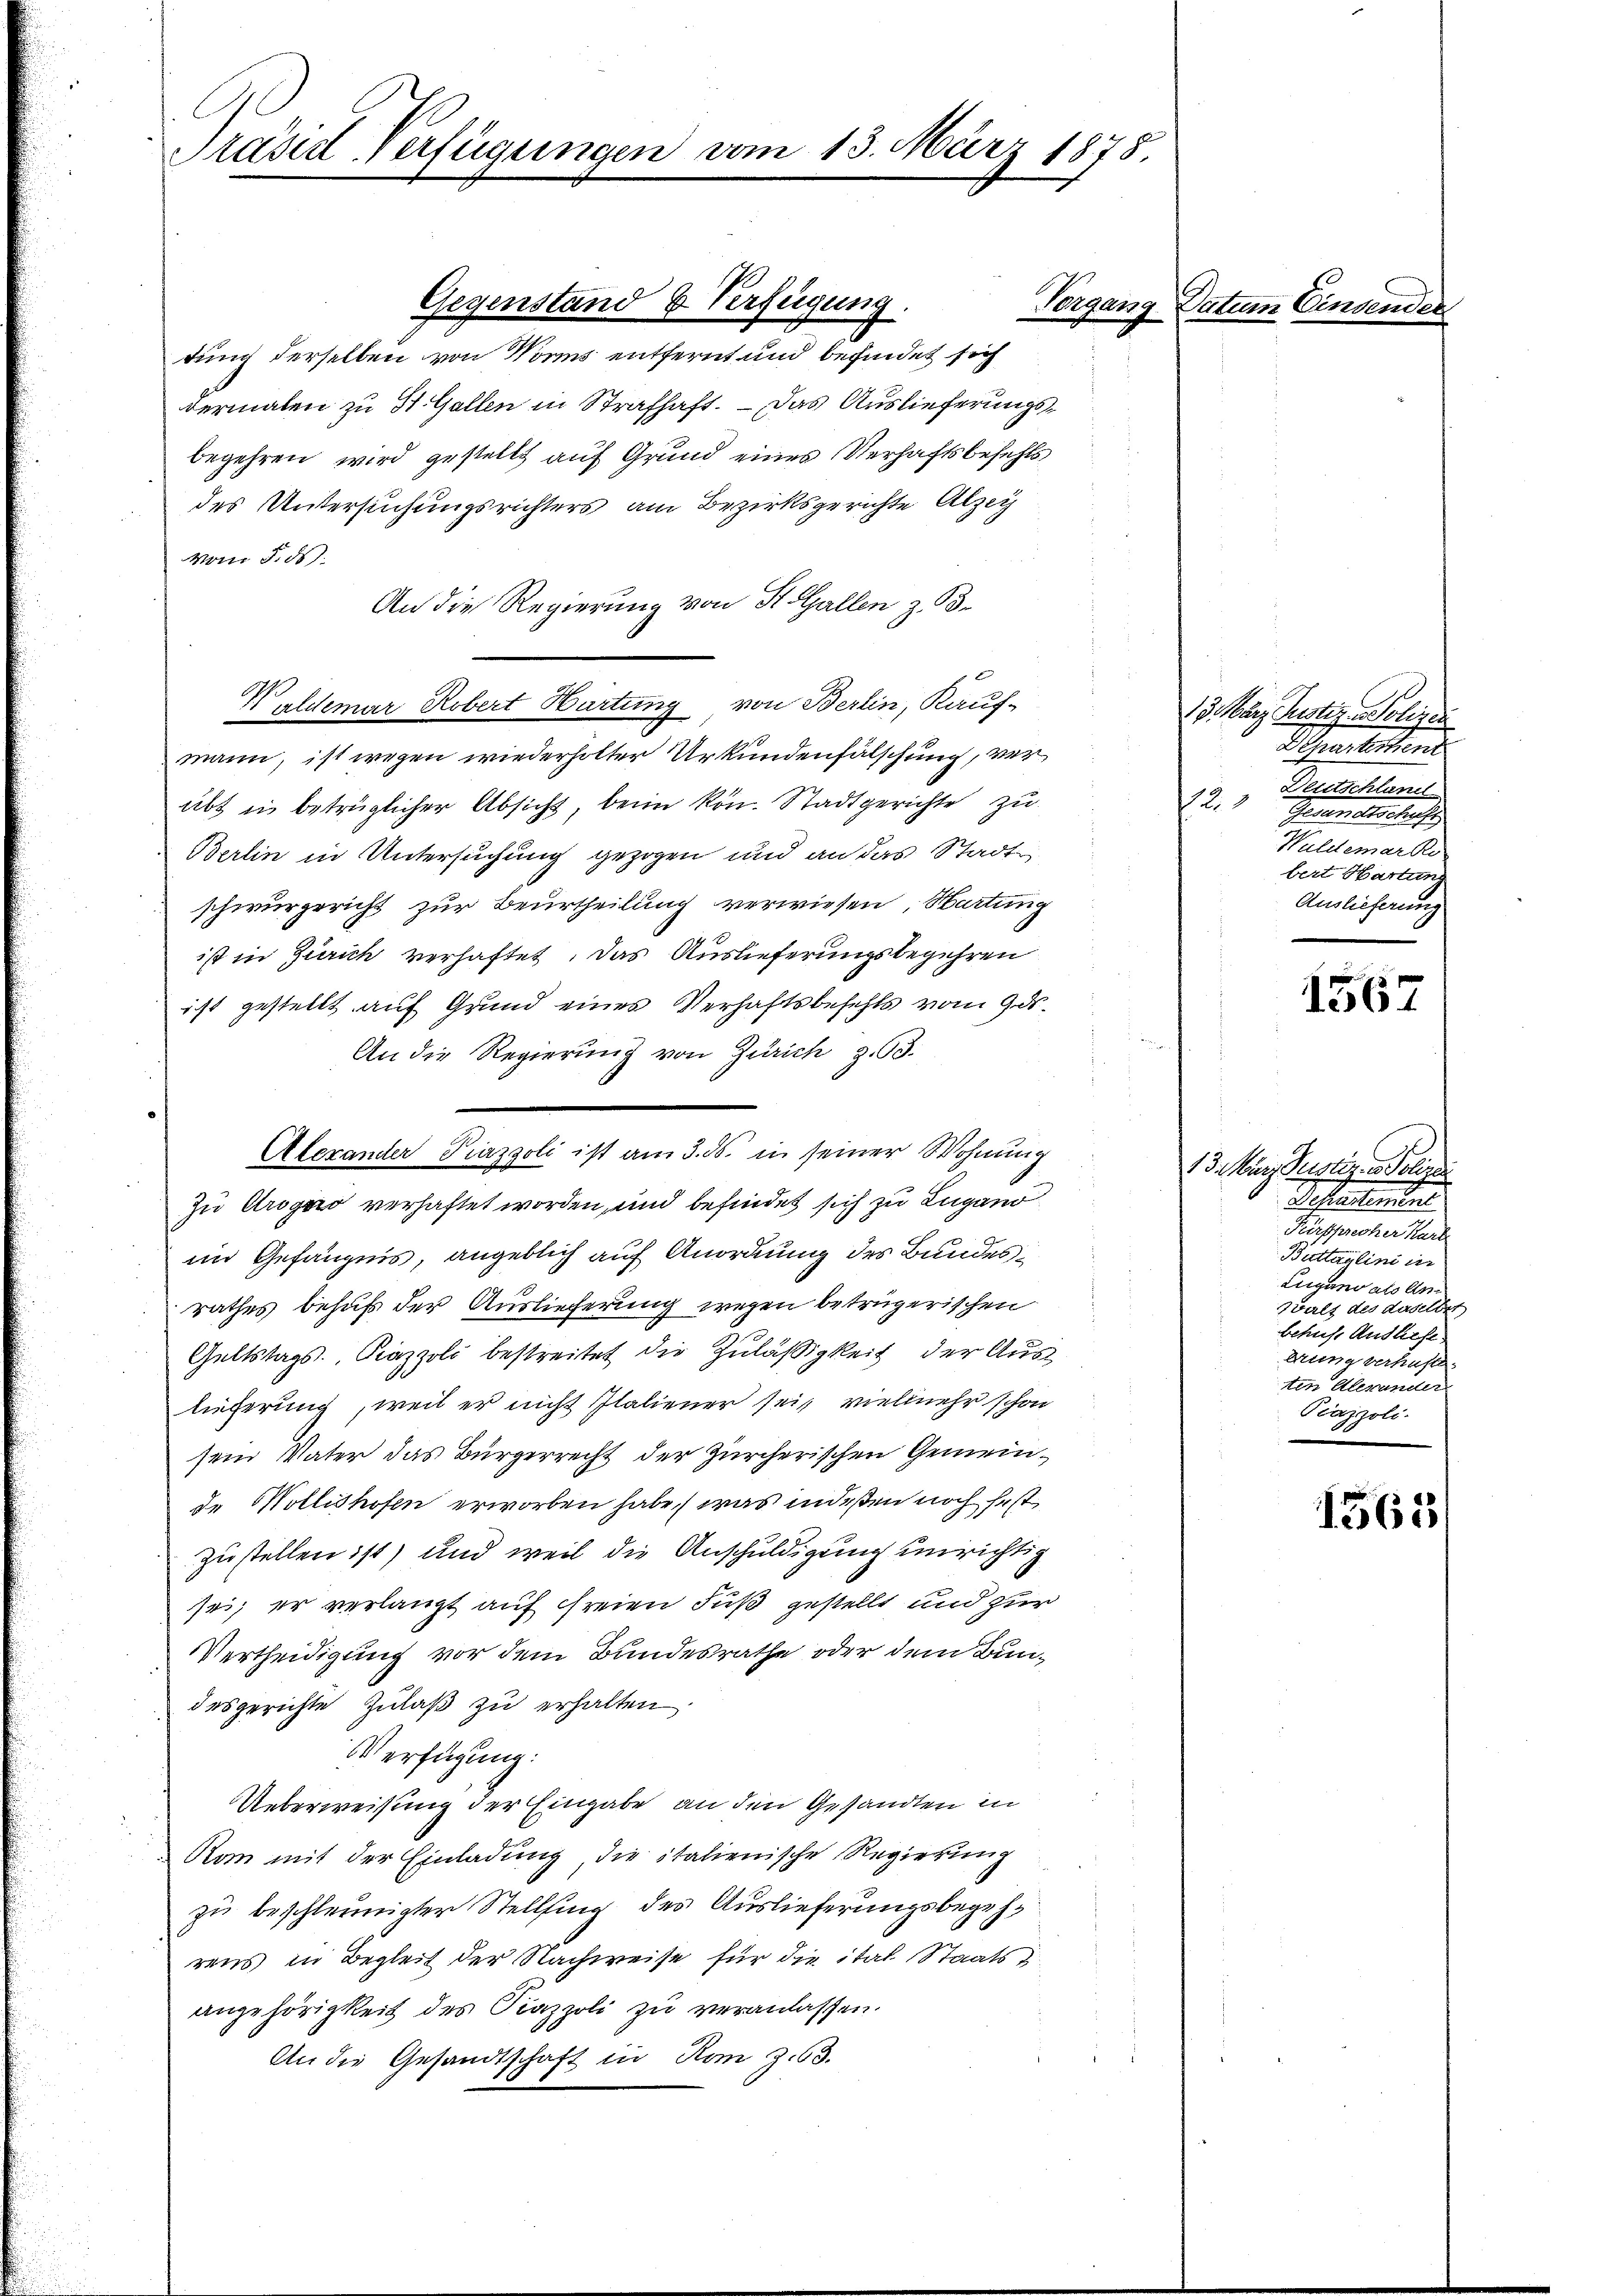
Präsid-Verfügungen vom 13. März 1878.

Gegenstand & Verfügung.

dung derselben von Worms entfernt und befindet sich
dermalen zu St. Gallen in Strafhaft. – Das Auslieferungsbegehren wird gestellt auf Grund eines Verhaftsbefehls
des Untersuchungsrichters am Bezirksgerichte Alzey
vom 5. ds.
An die Regierung von St. Gallen z. B.
Waldemar Robert Hartung von Berlin, Kauf-
mann, ist wegen wiederholter Urkundenfälschung, verabt in betrüglicher Absicht, beim kön. Stadtgerichte zu
Berlin in Untersuchung gezogen und an das Stadtschwurgericht zur Beurtheilung verwiesen, Hartung
ist in Zürich verhaftet. Das Auslieferungsbegehren
ist gestellt auf Grund eines Verhaftsbefehls vom 9. ds.
An die Regierung von Zürich z. 63.
Zu Arogaro verhaftet worden, und befindet sich zu Lugano
im Gefängnis, angeblich auf Anordnung des Bundesrathes behufs der Auslieferung wegen betrügerischen
Geltstags. Kazzoli bestreitet die Zuläßigkeit der Auslieferung, weil er nicht Italiener sei, vielmehr schon
sein Vater das Bürgerrecht der Zürcherischen Gemeinde Mollishofen erworben habe, (was indeßen noch fest
zustellen ist) und weil die Anschuldigung unrichtig
sei; er verlangt auf freien Fuß gestellt und zur
Vertheidigung vor dem Bundesrathe oder dem Bundesgerichte Zulaß zu erhalten
Verfügung:
Ueberweisung der Eingabe an den Gesandten in
Rom mit der Einladung die italienische Regierung
zu beschleunigter Stellung der Auslieferungsbegehrens in Begleit der Nachweise für die ital Staats
angehörigkeit des Piazzoli zu veranlassen.
An die Gesandtschaft in Hom z.63.

Alerander Pizzoli ist am 3. ds. in seiner Wohnung

Vorgang Datum Einser

13. März Justiz Polizei
Gmelstand
Deutschland
12. Brandschaf
Waldemar Re
bert Hartung
Auslieferung

1567

13. März Reistig. v. Polizei
Scheleutel
Fürsprecher Karl
Buttauglini in
Lugano als An¬
Welt des daselbst
behufs Ausliefe
erung verhuste
ten Alexander
Piazzoli.

1563